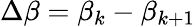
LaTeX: \Delta\beta=\beta_{k}-\beta_{k+1}